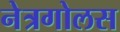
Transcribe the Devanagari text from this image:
नेत्रगोलस